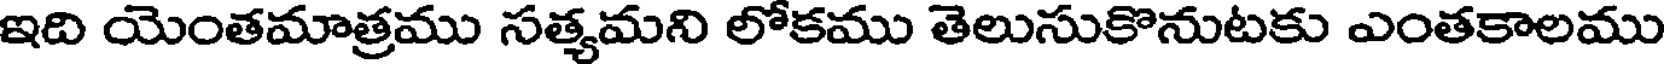
ఇది యెంతమాత్రము సత్యమని లోకము తెలుసుకొనుటకు ఎంతకాలము